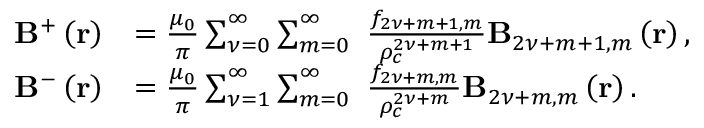
\begin{array} { r l } { \mathbf { B } ^ { + } \left( \mathbf { r } \right) } & { = \frac { \mu _ { 0 } } { \pi } \sum _ { { \nu } = 0 } ^ { \infty } \sum _ { m = 0 } ^ { \infty } \ \frac { f _ { 2 { \nu } + m + 1 , m } } { \rho _ { c } ^ { 2 { \nu } + m + 1 } } \mathbf { B } _ { 2 { \nu } + m + 1 , m } \left( \mathbf { r } \right) , } \\ { \mathbf { B } ^ { - } \left( \mathbf { r } \right) } & { = \frac { \mu _ { 0 } } { \pi } \sum _ { { \nu } = 1 } ^ { \infty } \sum _ { m = 0 } ^ { \infty } \ \frac { f _ { 2 { \nu } + m , m } } { \rho _ { c } ^ { 2 { \nu } + m } } \mathbf { B } _ { 2 { \nu } + m , m } \left( \mathbf { r } \right) . } \end{array}